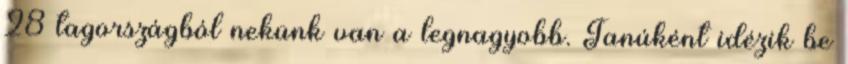
28 tagországból nekünk van a legnagyobb. Tanúként idézik be